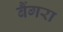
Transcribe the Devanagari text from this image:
बैंगरा